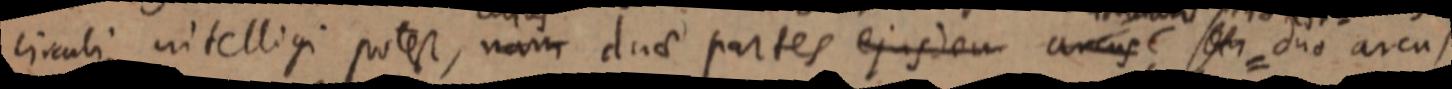
circuli intelligi potest, nam duae partes ejusdem arcus seu duo arcus